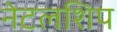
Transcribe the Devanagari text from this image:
नेटलशिप